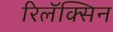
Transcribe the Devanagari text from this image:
रिलॅक्सिन